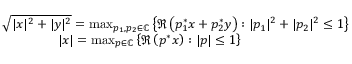
\begin{array} { c } { \sqrt { | x | ^ { 2 } + | y | ^ { 2 } } = \operatorname* { m a x } _ { p _ { 1 } , p _ { 2 } \in \mathbb C } \left\{ \Re \left( p _ { 1 } ^ { * } x + p _ { 2 } ^ { * } y \right) : | p _ { 1 } | ^ { 2 } + | p _ { 2 } | ^ { 2 } \leq 1 \right\} } \\ { | x | = \operatorname* { m a x } _ { p \in \mathbb C } \left\{ \Re \left( p ^ { * } x \right) : | p | \leq 1 \right\} ~ ~ ~ ~ ~ ~ ~ ~ ~ ~ ~ ~ } \end{array}